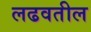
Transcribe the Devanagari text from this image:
लढवतील